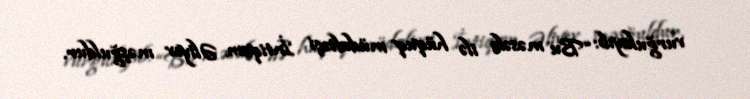
vurğulayıb: “Bu məsələ ilə hüquq müdafiəçi İntiqam Əliyev məşğuldur.